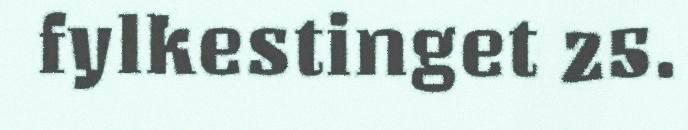
fylkestinget 25.